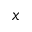
x